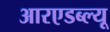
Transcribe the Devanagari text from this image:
आरएडब्ल्यू